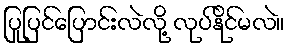
ပြုပြင်ပြောင်းလဲလို့ လုပ်နိုင်မလဲ။